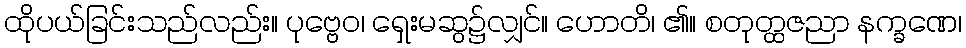
ထိုပယ်ခြင်းသည်လည်း။ ပုဗ္ဗေဝ၊ ရှေးမဆွ၌လျှင်။ ဟောတိ၊ ၏။ စတုတ္ထဇညာ နက္ခဏေ၊